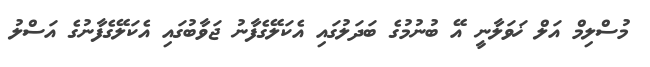
މުސްލިމް އަލް ޚަވަލާނީ އޭ ބުނުމުގެ ބަދަލުގައި އެކަލޭގެފާނު ޖަވާބުގައި އެކަލޭގެފާނުގެ އަސްލު